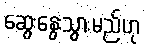
ဆွေးနွေးသွားမည်ဟု